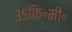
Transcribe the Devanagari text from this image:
३५कि॰मी॰